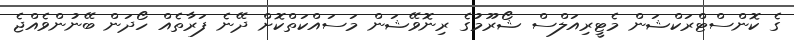
ގެ ކޮންސްޓްރަކްޝަން މެޓީރިއަލްސް ޝޯރޫމުގެ ރިނޮވޭޝަން މަސައްކަތްކޮށް ދޭނެ ފަރާތެއް ހޯދަން ބޭނުންވެއްޖެ